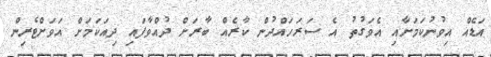
އަޑެއް އިވުނުކަމަށާއި އެވަގުތު އެ ސަރަހައްދުން ކާރެއް ބާރަށް ދުއްވާފައި ދިއަކަމަށް އަވަށްޓެރިން